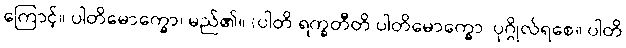
ကြောင့်။ ပါတိမောက္ခော၊ မည်၏။ (ပါတိ ရက္ခတီတိ ပါတိမောက္ခော၊ ပုဂ္ဂိုလ်ရစေ။ ပါတိ